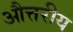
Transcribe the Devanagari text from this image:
औत्तरीय